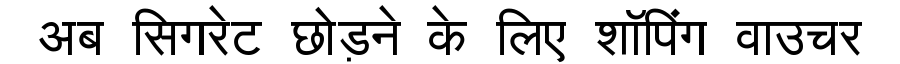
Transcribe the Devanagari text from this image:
अब सिगरेट छोड़ने के लिए शॉपिंग वाउचर